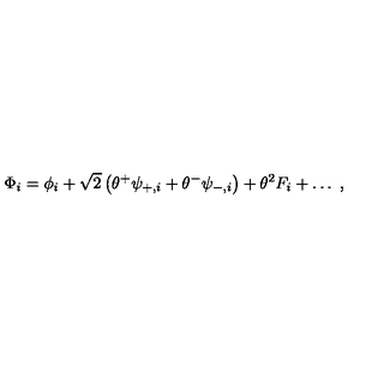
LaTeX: \Phi _ { i } = \phi _ { i } + \sqrt { 2 } \left( \theta ^ { + } \psi _ { + , i } + \theta ^ { - } \psi _ { - , i } \right) + \theta ^ { 2 } F _ { i } + \ldots \ ,